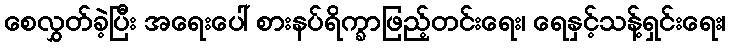
စေလွှတ်ခဲ့ပြီး အရေးပေါ် စားနပ်ရိက္ခာဖြည့်တင်းရေး၊ ရေနှင့်သန့်ရှင်းရေး၊